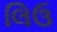
લિઉ